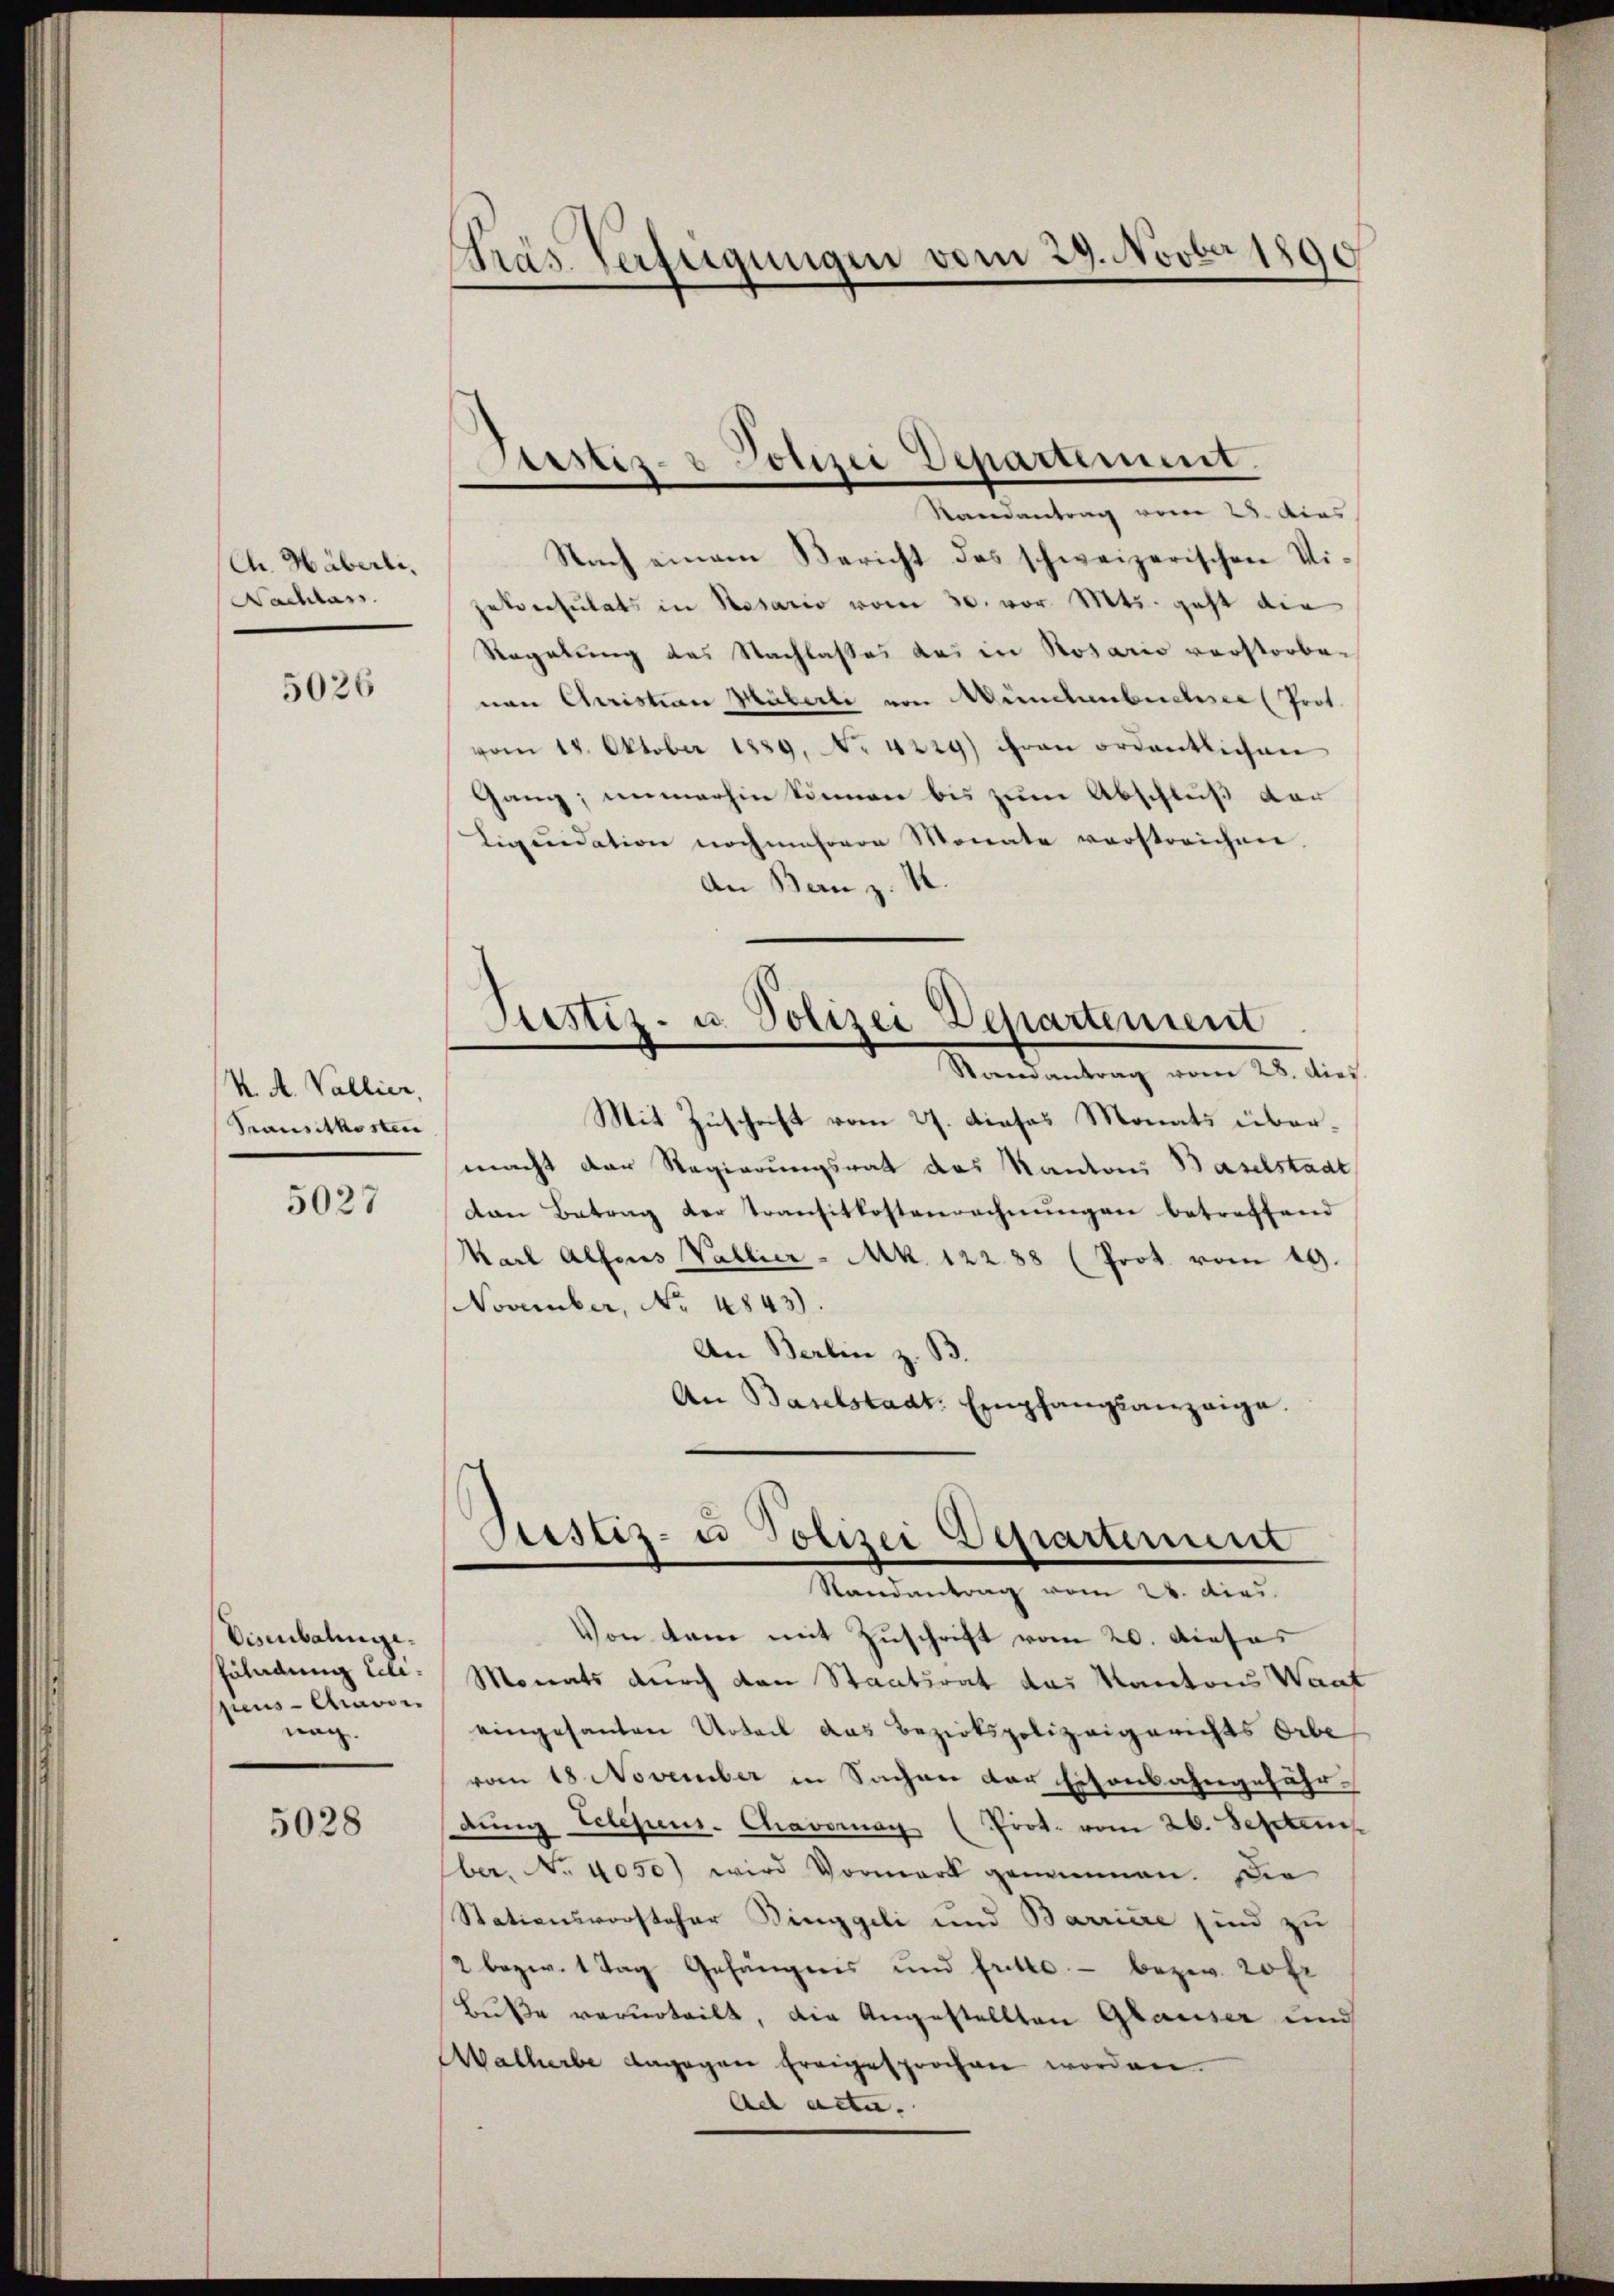
Ch. Häberli.
Nachlass

5026

K. A. Vallier,
Transitkosten

5027

Eisenbahnge.
Euladung telespens-Cavii.
nach.

5028

Gras Verfügungen vom 29. Novber 1890

Aester- & Polizei Departement.

Randantrag vom 28. Das
Nach einem Bericht des schweizerischen Vipatreesulats in Resario vom 30. vor. Mts. geht die
Regelung des Nachlasses das in Rosario verstorbe-
nan Christian Häberli von Mündtenbuchsee (Prot.
vom 18. Oktober 1889. No 4229) ihren ordentlichen
Gang, immerhin können bis zum Abschluß der
Liquidation noch mehrere Monate verstreichen.
An Bern z. M.
Justiz- u. Polizei Departement
Stainantrag vom 28. dies
Mit Zuschrift vom 27. dieses Monats übermacht der Regierungsrat des Kantons Baselstadt
dan Betrag der Transitkostenrechnŭngen betreffend
Karl Alfons Vallier - Mk. 12288 (Prot. vom 19.
November, No 4843).
An Berlin z. B.
An Baselstadt Empfangsanzeige.

Testiz- u Polizei Departinunt
Randantrag vom 24. dies

Von kam mit Zuschrift vom 20. Dieses
Monats durch den Staatsrat das Kantons Want
eingesanten Urteil das Bezirkspolizeigerichts Orbe
vom 18 November in Sachen der Eisenbahngefährdŭng telesens. Chavoran (Prot. vom 26. Septem
ber. No. 4050) wird Vormark genommen. Die
Stationsvorsteher Binggeli und Barriere sind zu
2 bezw. 1 Tag Gefängnis und fritte - bezw. 20 fr
Buße verurteilt, die Angestellten Glauser und
Walherbe dagegen freigesprochen worden.
Ad acta.